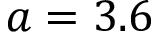
a = 3 . 6